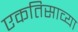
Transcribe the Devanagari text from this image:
एकतिसाव्या